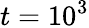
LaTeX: t=10^{3}